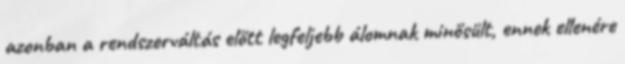
azonban a rendszerváltás előtt legfeljebb álomnak minősült, ennek ellenére